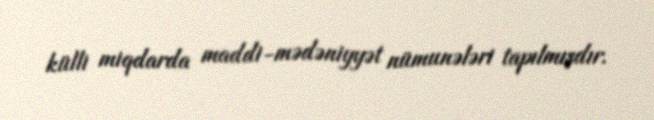
külli miqdarda maddi-mədəniyyət nümunələri tapılmışdır.